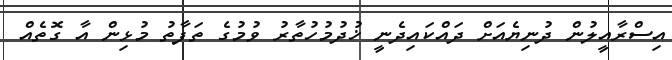
އިސްރާއީލުން ދުނިޔެއަށް ދައްކައިދެނީ ޚުދުމުހުތާރު ވުމުގެ ތަފާތު މުޅިން އާ ގޮތެއް